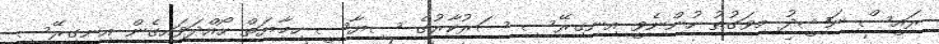
ރައީސް ނަޝީދު މިވަގުތު ހުންނެވީ އިނގިރޭސި ސަރުކާރުގެ ސިޔާސީ ހިމާޔަތް ހޯއްދަވައިގެން އިނގިރޭސި